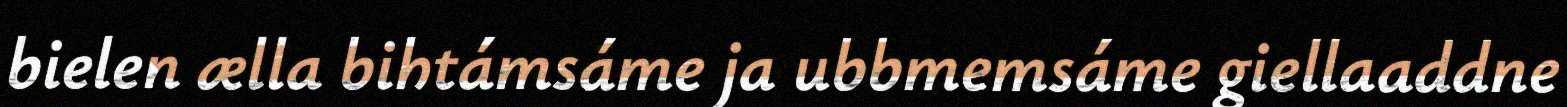
bielen ælla bihtámsáme ja ubbmemsáme giellaaddne